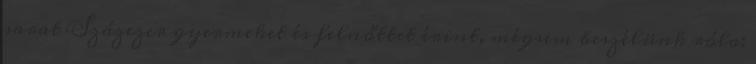
sarat Százezer gyermeket és felnőttet érint, mégsem beszélünk róla: